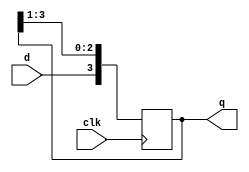
`timescale 1ns / 1ps
//////////////////////////////////////////////////////////////////////////////////
// Company: 
// Engineer: 
// 
// Design Name: 
// Module Name: SIPO
// Project Name: 
// Target Devices: 
// Tool Versions: 
// Description: 
// 
// Dependencies: 
// 
// Revision:
// Revision 0.01 - File Created
// Additional Comments:
// 
//////////////////////////////////////////////////////////////////////////////////


module SIPO(
    input d,
    input clk,
    output reg [3:0] q
    );
    
    initial 
    begin
        q = 4'b0000;
    end
    
    always @ (posedge clk)
    begin
        q <= {d , q[3:1]};
    end
endmodule